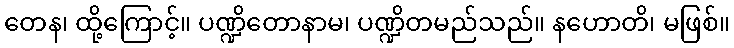
တေန၊ ထို့ကြောင့်။ ပဏ္ဍိတောနာမ၊ ပဏ္ဍိတမည်သည်။ နဟောတိ၊ မဖြစ်။